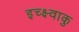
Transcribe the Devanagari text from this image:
इच्क्ष्वाकु